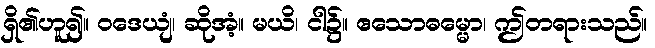
ရှိ၏ဟူ၍။ ဝဒေယျံ၊ ဆိုအံ့။ မယိ၊ ငါ၌။ ဧသောဓမ္မော၊ ဤတရားသည်။